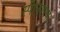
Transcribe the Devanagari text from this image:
स्पॅनिशचा